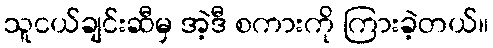
သူငယ်ချင်းဆီမှ အဲ့ဒီ စကားကို ကြားခဲ့တယ်။